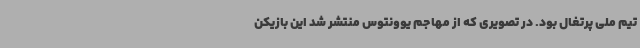
تیم ملی پرتغال بود. در تصویری که از مهاجم یوونتوس منتشر شد این بازیکن